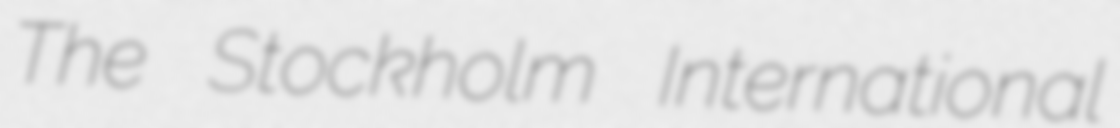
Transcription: The Stockholm International